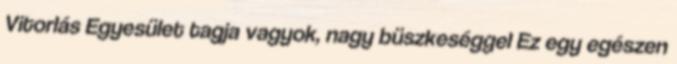
Vitorlás Egyesület tagja vagyok, nagy büszkeséggel Ez egy egészen